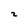
Character: 2